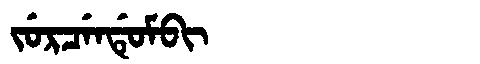
Manchu: ᠵᡠᡵᠴᡝᠨᡩᡠᠮᠪᡳ
Romanization: JURCENDUMBI